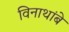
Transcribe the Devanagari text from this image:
विनाथांबे